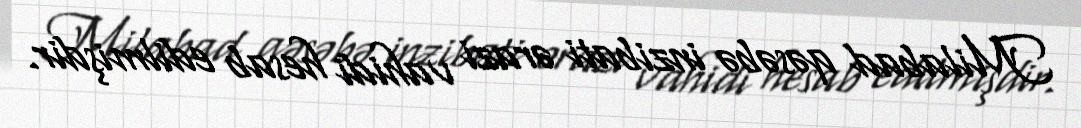
Milabad qəsəbə inzibati ərazi vahidi hesab edilmişdir.